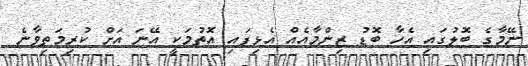
ނޭމާގެ ބޮލުގައި އެހާ ބޮޑު ޒިންމާއެއް އެޅިފައި އޮތުމަކީ އޭނަ އަށް ކުރިމަތިވާނެ